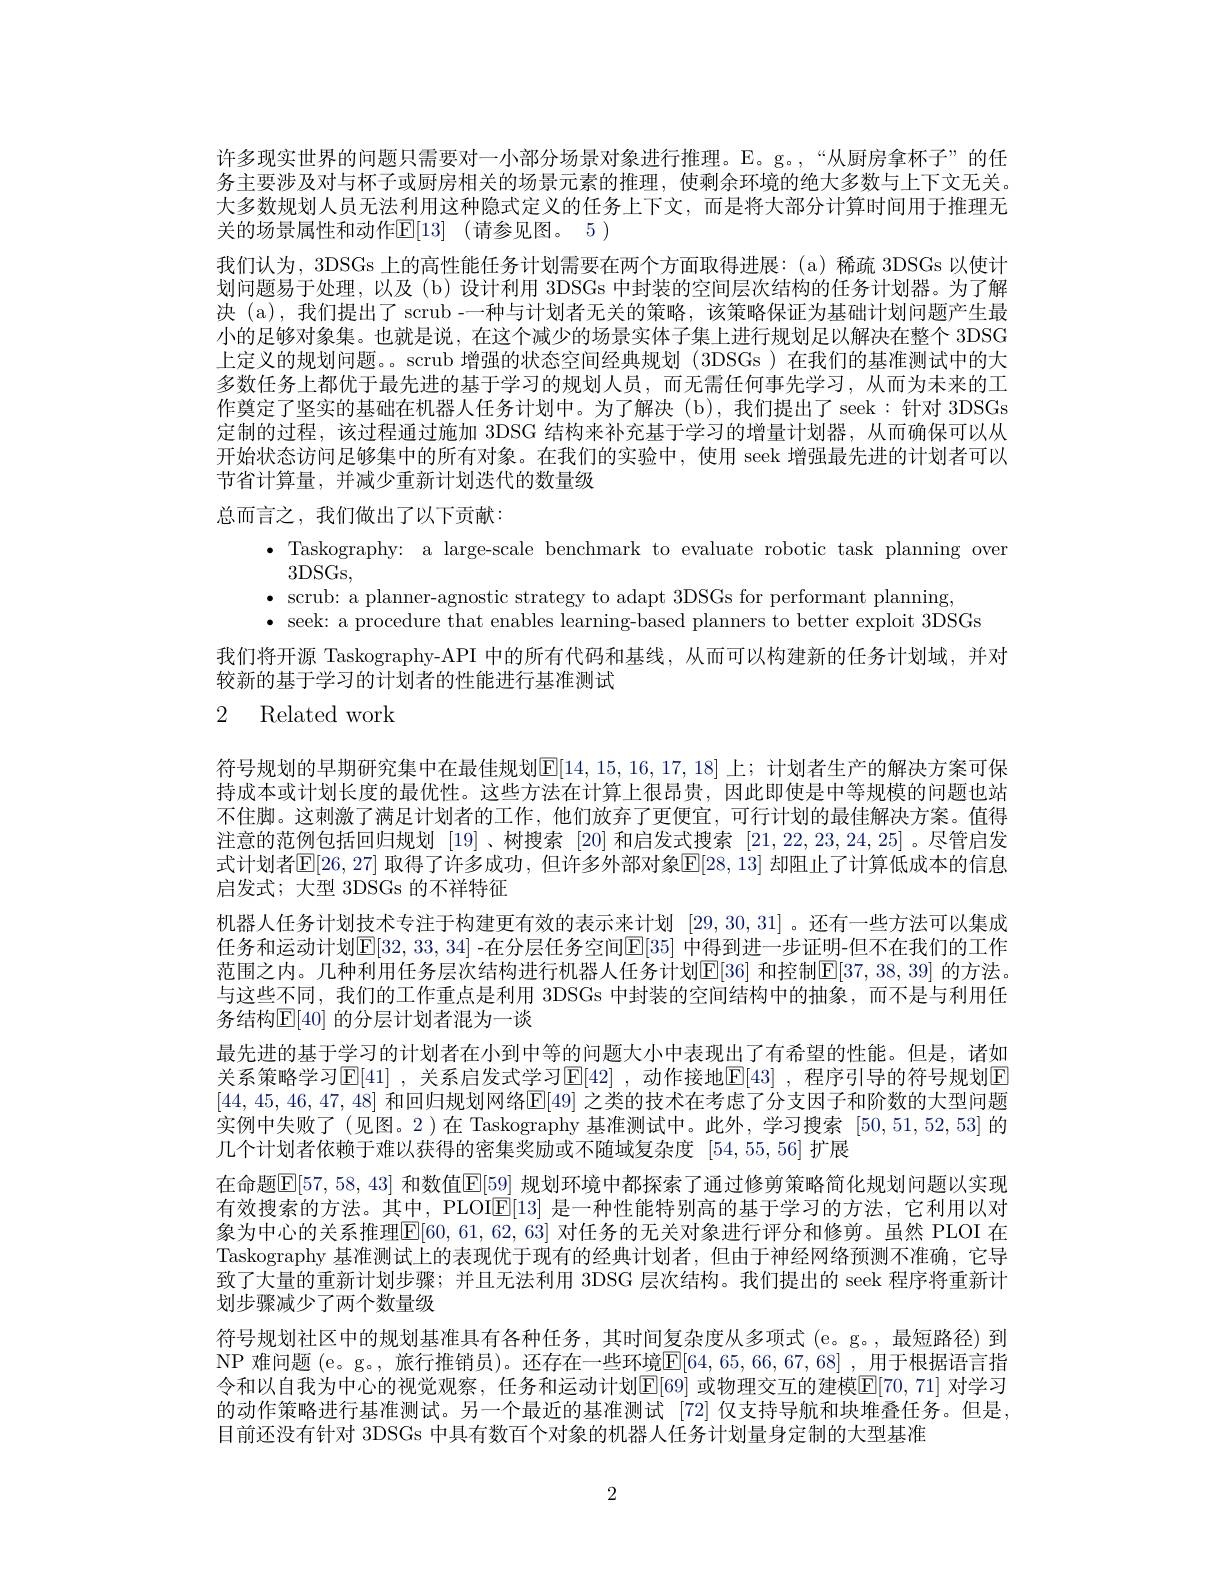
许多现实世界的问题只需要对一小部分场景对象进行推理。E。g。,“从厨房拿杯子”的任务主要涉及对与杯子或厨房相关的场景元素的推理，使剩余环境的绝大多数与上下文无关大多数规划人员无法利用这种隐式定义的任务上下文，而是将大部分计算时间用于推理无关的场景属性和动作$\mathbb{E} [ 13]$ (请参见图。5)
我们认为，3DSGs 上的高性能任务计划需要在两个方面取得进展：(a)稀疏 3DSGs 以使计划问题易于处理，以及(b)设计利用 3DSGs 中封装的空间层次结构的任务计划器。为了解决 (a),我们提出了 scrub -一种与计划者无关的策略，该策略保证为基础计划问题产生最小的足够对象集。也就是说，在这个减少的场景实体子集上进行规划足以解决在整个 3DSG 上定义的规划问题。。scrub 增强的状态空间经典规划 (3DSGs )在我们的基准测试中的大多数任务上都优于最先进的基于学习的规划人员，而无需任何事先学习，从而为未来的工作奠定了坚实的基础在机器人任务计划中。为了解决(b),我们提出了 seek:针对 3DSGs 定制的过程，该过程通过施加 3DSG 结构来补充基于学习的增量计划器，从而确保可以从开始状态访问足够集中的所有对象。在我们的实验中，使用 seek 增强最先进的计划者可以节省计算量，并减少重新计划迭代的数量级
总而言之，我们做出了以下贡献：
$\begin{array}{ll}\bullet&\text{Taskography: a large-scale benchmark to evaluate robotic task planning over}\\&3\mathrm{DSGs,}\end{array}$
$\begin{array}{c}{\mathrm{3DSGS,}}\\{\bullet}&{\mathrm{scrub:~a~planner-agnostic~strategy~to~adapt~3DSGs~for~performant~planning,}}\end{array}$
$\bullet$ seek: a procedure that enables learning-based planners to better exploit 3DSGs
我们将开源 Taskography-API 中的所有代码和基线，从而可以构建新的任务计划域，并对
较新的基于学习的计划者的性能进行基准测试

# 2 Related work

符号规划的早期研究集中在最佳规划$\mathbb{E}[14,15,16,17,18]$ 上；计划者生产的解决方案可保持成本或计划长度的最优性。这些方法在计算上很昂贵，因此即使是中等规模的问题也站不住脚。这刺激了满足计划者的工作，他们放弃了更便宜，可行计划的最佳解决方案。值得注意的范例包括回归规划 [19]、树搜索 [20] 和启发式搜索[21,22,23,24,25] 。尽管启发式计划者$\mathbb{E}[26,27]$ 取得了许多成功，但许多外部对象$\mathbb{E}[28,13]$ 却阻止了计算低成本的信息启发式；大型 3DSGs 的不祥特征
机器人任务计划技术专注于构建更有效的表示来计划[29,30,31] 。还有一些方法可以集成任务和运动计划$\mathbb{E}[32,33,34]$ -在分层任务空间$\mathbb{E}[35]$ 中得到进一步证明-但不在我们的工作范围之内。几种利用任务层次结构进行机器人任务计划$\mathbb{E}[36]$ 和控制$\mathbb{E}[37,38,39]$ 的方法。与这些不同，我们的工作重点是利用 3DSGs 中封装的空间结构中的抽象，而不是与利用任务结构$\mathbb{E}[40]$ 的分层计划者混为一谈
最先进的基于学习的计划者在小到中等的问题大小中表现出了有希望的性能。但是，诸如关系策略学习$\operatorname{E}[41]$ ,关系启发式学习$\operatorname{E}[42]$ ,动作接地$\operatorname{E}[43]$ ,程序引导的符号规划$\operatorname{E}$ [44,45,46,47,48] 和回归规划网络$\mathbb{E}[49]$ 之类的技术在考虑了分支因子和阶数的大型问题实例中失败了(见图。2)在 Taskography 基准测试中。此外，学习搜索[50,51,52,53]的几个计划者依赖于难以获得的密集奖励或不随域复杂度[54,55,56]扩展
在命题$\mathbb{E}[57,58,43]$ 和数值$\mathbb{E}[\underline{59}]$ 规划环境中都探索了通过修剪策略简化规划问题以实现有效搜索的方法。其中，PLOI$\mathbb{E}[13]$是一种性能特别高的基于学习的方法，它利用以对象为中心的关系推理$\overline{\mathbb{E}}[60,61,62,63]$ 对任务的无关对象进行评分和修剪。虽然 PLOI 在Taskography 基准测试上的表现优于现有的经典计划者，但由于神经网络预测不准确，它导致了大量的重新计划步骤；并且无法利用 3DSG 层次结构。我们提出的 seek 程序将重新计划步骤减少了两个数量级
符号规划社区中的规划基准具有各种任务，其时间复杂度从多项式(e。g。,最短路径)到NP 难问题 (e。g。, 旅行推销员)。还存在一些环境$\underline{\mathbb{E}}[64,65,66,67,68]$ , 用于根据语言指令和以自我为中心的视觉观察，任务和运动计划$\mathbb{E}[69]$ 或物理交互的建模$\mathbb{E}[70,71]$ 对学习的动作策略进行基准测试。另一个最近的基准测试 [72] 仅支持导航和块堆叠任务。但是， 目前还没有针对 3DSGs 中具有数百个对象的机器人任务计划量身定制的大型基准

2